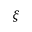
\boldsymbol { \xi }